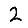
Digit: 2